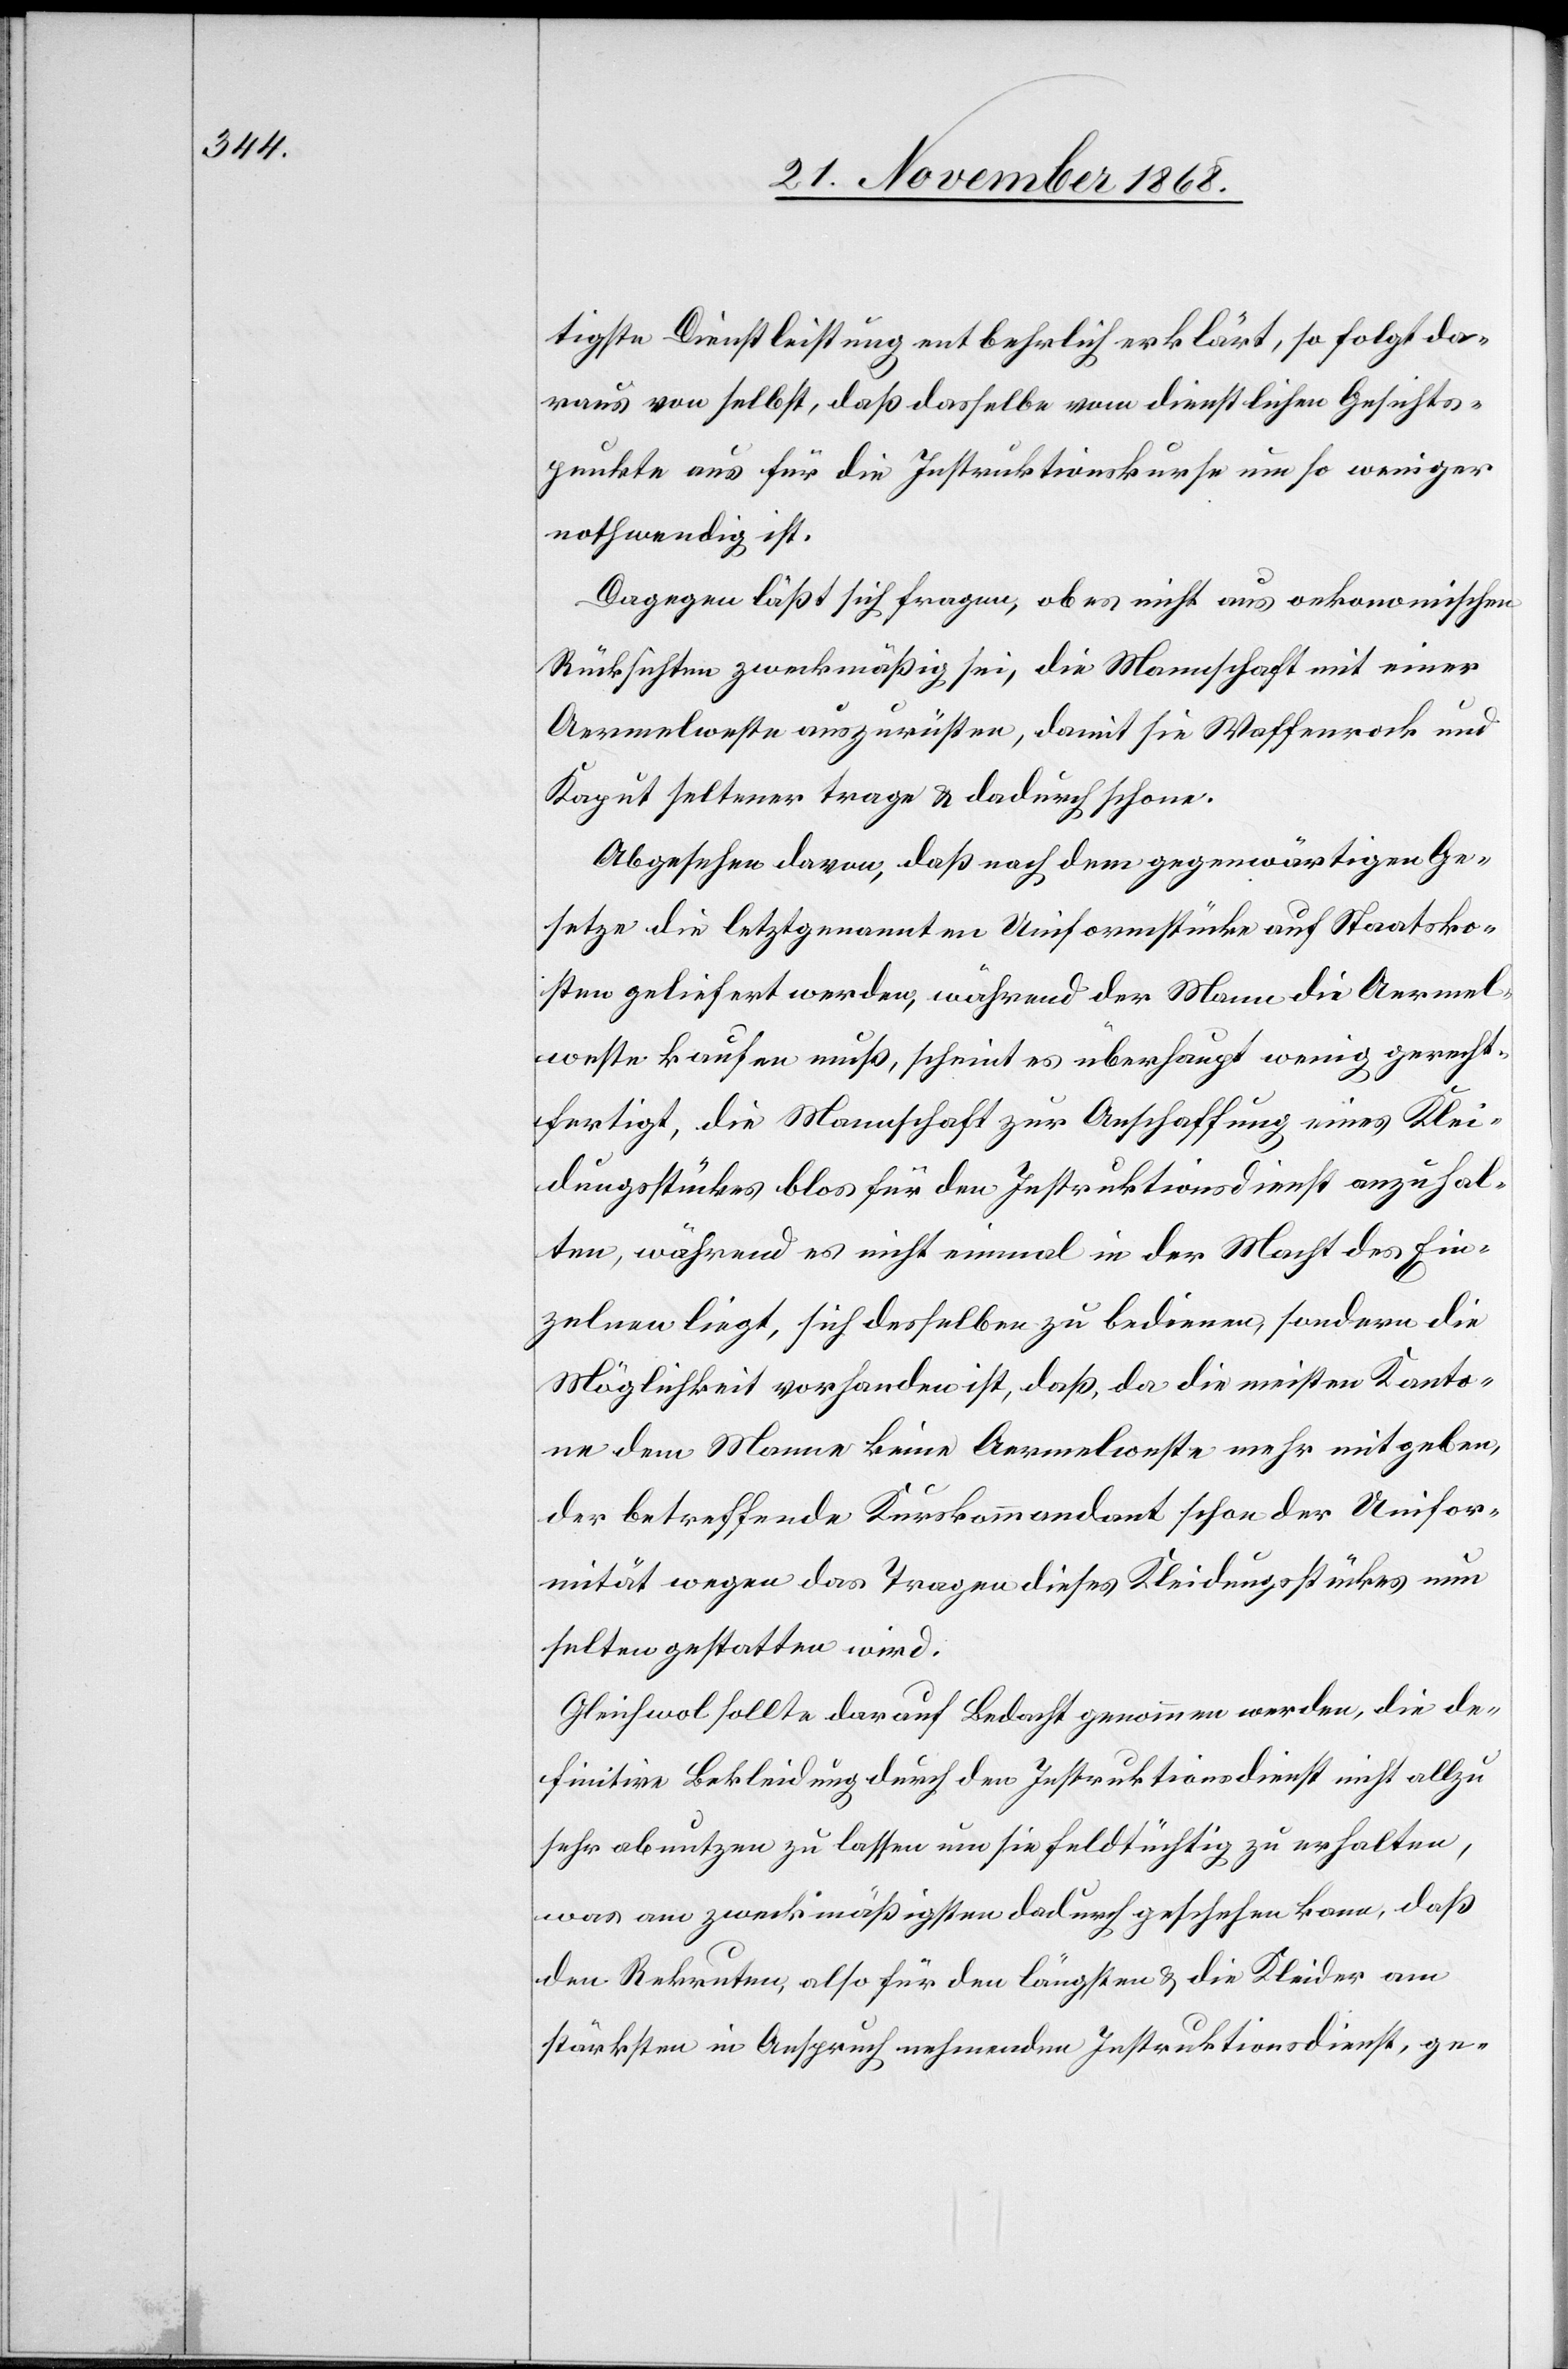
tigste Dienstleistung entbehrlich erklärt, so folgt da¬
raus von selbst, daß dasselbe vom dienstlichen Gesichts¬
punkte aus für die Instruktionskurse um so weniger
nothwendig ist.
Dagegen läßt sich fragen, ob es nicht aus oekonomischen
Rücksichten zweckmäßig sei, die Mannschaft mit einer
Aermelweste auszurüsten, damit sie Waffenrock und
Kaput seltener trage & dadurch schone.
Abgesehen davon, daß nach dem gegenwärtigen Ge¬
setze die letztgenannten Uniformstücke auf Staatsko¬
sten geliefert werden, während der Mann die Aermel¬
weste kaufen muß, scheint es überhaupt wenig gerecht¬
fertigt, die Mannschaft zur Anschaffung eines Klei¬
dungsstückes blos für den Instruktionsdienst anzuhal¬
ten, während es nicht einmal in der Macht des Ein¬
zelnen liegt, sich desselben zu bedienen, sondern die
Möglichkeit vorhanden ist, daß, da die meisten Kanto¬
ne dem Manne keine Aermelweste mehr mitgeben,
der betreffende Kurskommandant schon der Unifor¬
mität wegen das Tragen dieses Kleidungsstückes nun
selten gestatten wird.
Gleichwol sollte darauf Bedacht genommen werden, die de¬
finitive Bekleidung durch den Instruktionsdienst nicht allzu
sehr abnutzen zu lassen um sie feldtüchtig zu erhalten,
was am zweckmäßigsten dadurch geschehen kann, daß
den Rekruten, also für den längsten & die Kleider am
stärksten in Anspruch nehmenden Instruktionsdienst, ge-